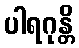
ပါရဂုန္တိ